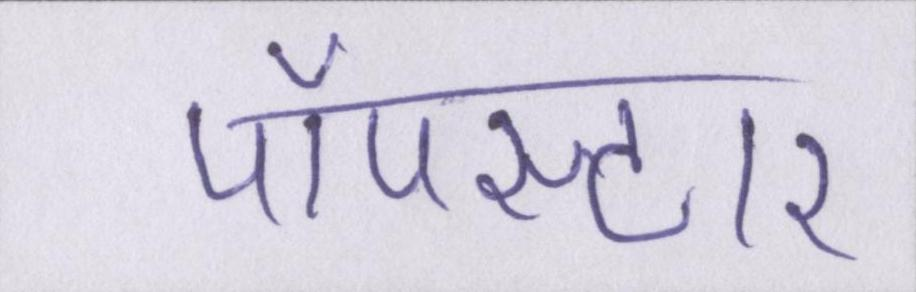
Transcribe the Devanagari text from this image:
पॉपस्टार